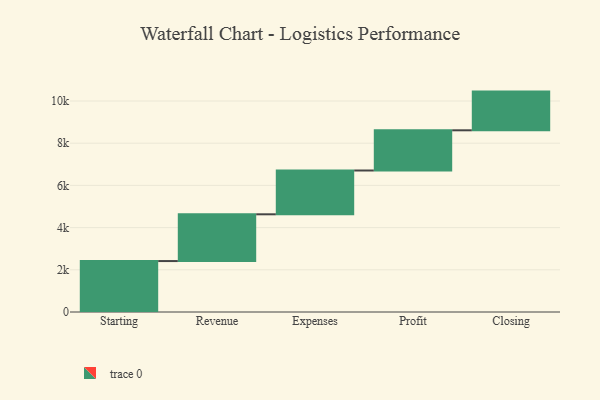
{"axis": {"x": "Step", "y": "Value"}, "legend": [""], "data": [{"x": "Starting", "y": 2414.0, "type": ""}, {"x": "Revenue", "y": 2216.0, "type": ""}, {"x": "Expenses", "y": 2076.0, "type": ""}, {"x": "Profit", "y": 1905.0, "type": ""}, {"x": "Closing", "y": 1834.0, "type": ""}]}